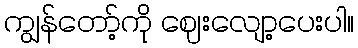
ကျွန်တော့်ကို ဈေးလျော့ပေးပါ။